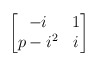
\begin{align*}\begin{bmatrix} -i & 1 \\ p-i^2 & i \end{bmatrix}\end{align*}